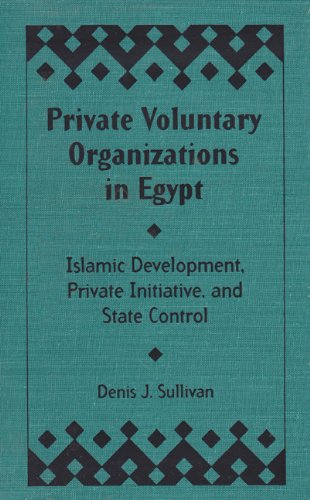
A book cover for Private Voluntary Organizations in Egypt: Islamic Development, Private Initiative, and State Control (International Health); Denis J. Sullivan; History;